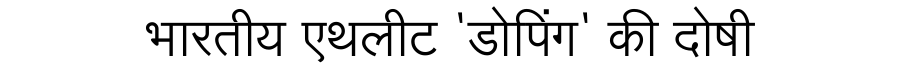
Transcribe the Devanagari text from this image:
भारतीय एथलीट 'डोपिंग' की दोषी